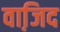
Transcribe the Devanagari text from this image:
वाजि़द